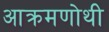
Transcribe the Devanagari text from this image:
आक्रमणोथी